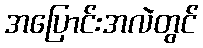
အပြောင်းအလဲတွင်